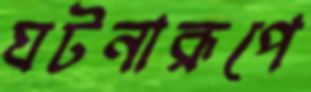
ঘটনারূপে